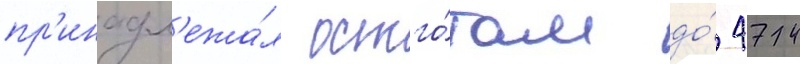
пр'инадл'ежа́л остго́там до́ 474